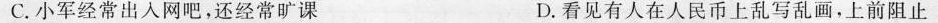
C.小军经常出人网吧，还经常旷课